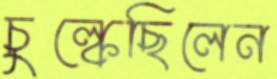
চুল্‌কেছিলেন